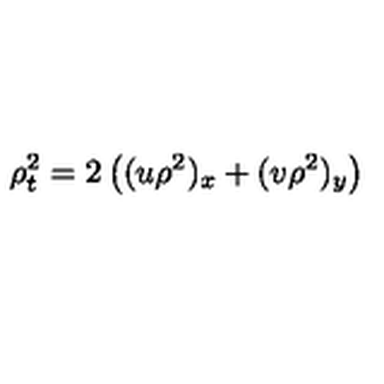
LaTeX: \rho _ { t } ^ { 2 } = 2 \left( ( u \rho ^ { 2 } ) _ { x } + ( v \rho ^ { 2 } ) _ { y } \right)